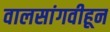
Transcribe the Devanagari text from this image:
वालसांगवीहून